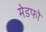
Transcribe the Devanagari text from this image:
मेडफो